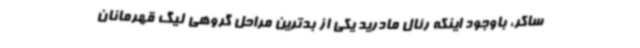
ساکر، باوجود اینکه رئال مادرید یکی از بدترین مراحل گروهی لیگ قهرمانان